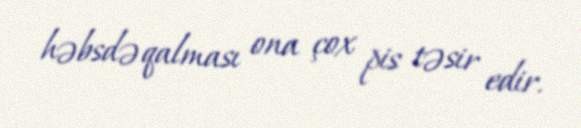
həbsdə qalması ona çox pis təsir edir.